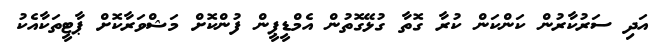
އަދި ސަރުކާރުން ކަންކަން ކުރާ ގޮތާ ގުޅޭގޮތުން އެމްޑީޕީން ފުންކޮށް މަޝްވަރާކޮށް ޕާޓީތަކާއެކު